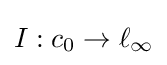
I:c_{0}\to \ell _{\infty }